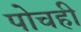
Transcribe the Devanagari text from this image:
पोचही